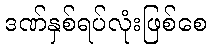
ဒဏ်နှစ်ရပ်လုံးဖြစ်စေ